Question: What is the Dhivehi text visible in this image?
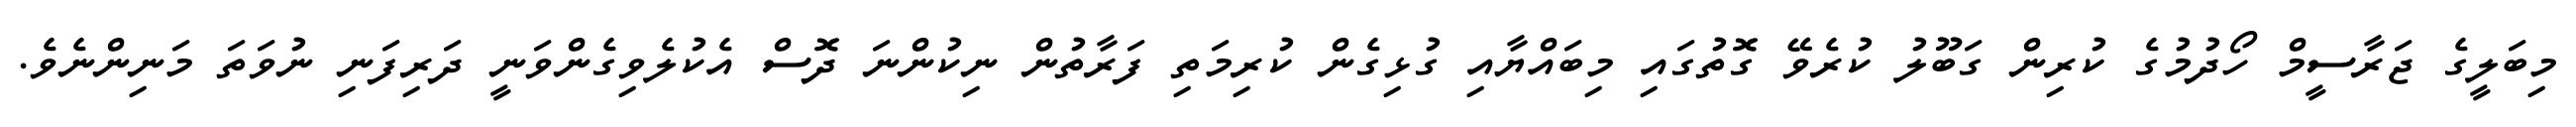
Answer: މިބަލީގެ ޖަރާސީމް ހޯދުމުގެ ކުރިން ގަބޫލު ކުރެވޭ ގޮތުގައި މިބައްޔާއި ގުޅިގެން ކުރިމަތި ފަރާތުން ނިކުންނަ ދޮސް އެކުލެވިގެންވަނީ ދަރިފަނި ނުވަތަ މަނިންނެވެ.